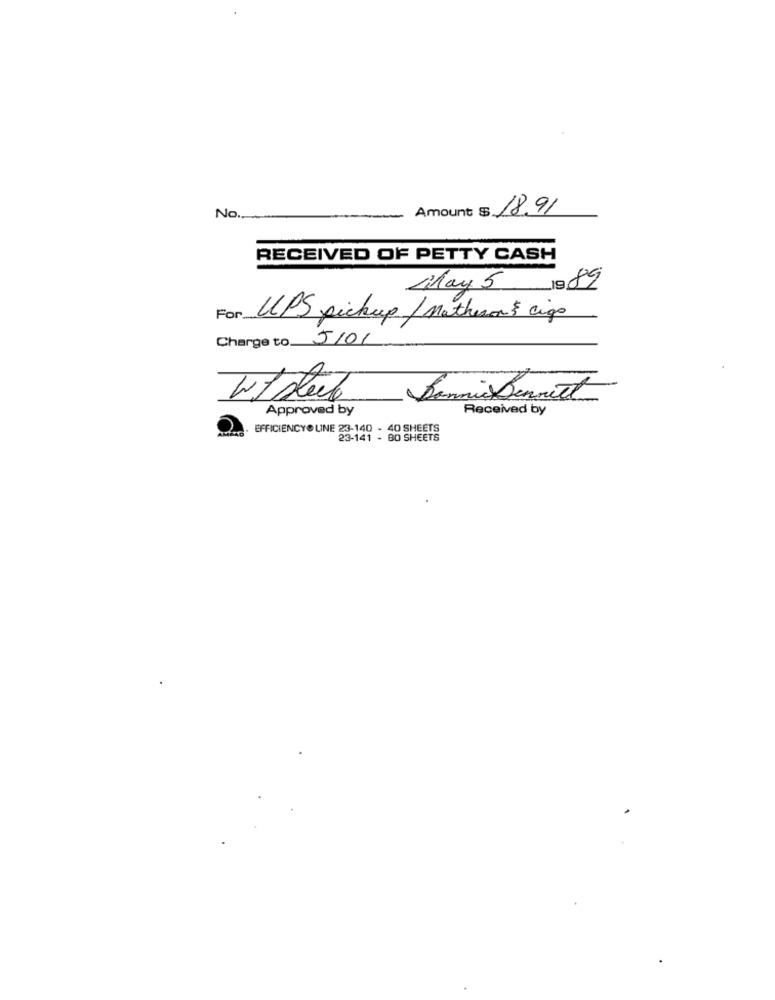
Amount $.
18.91
No.
RECEIVED OF PETTY CASH
May 5 19 89
For
UPS pickup / Matheson's cigo
Charge to 5/01
Bonnie Bennett
Approved by
Received by
EFFICIENCYO LINE 23-140 - 40 SHEETS
23-141 - BO SHEETS